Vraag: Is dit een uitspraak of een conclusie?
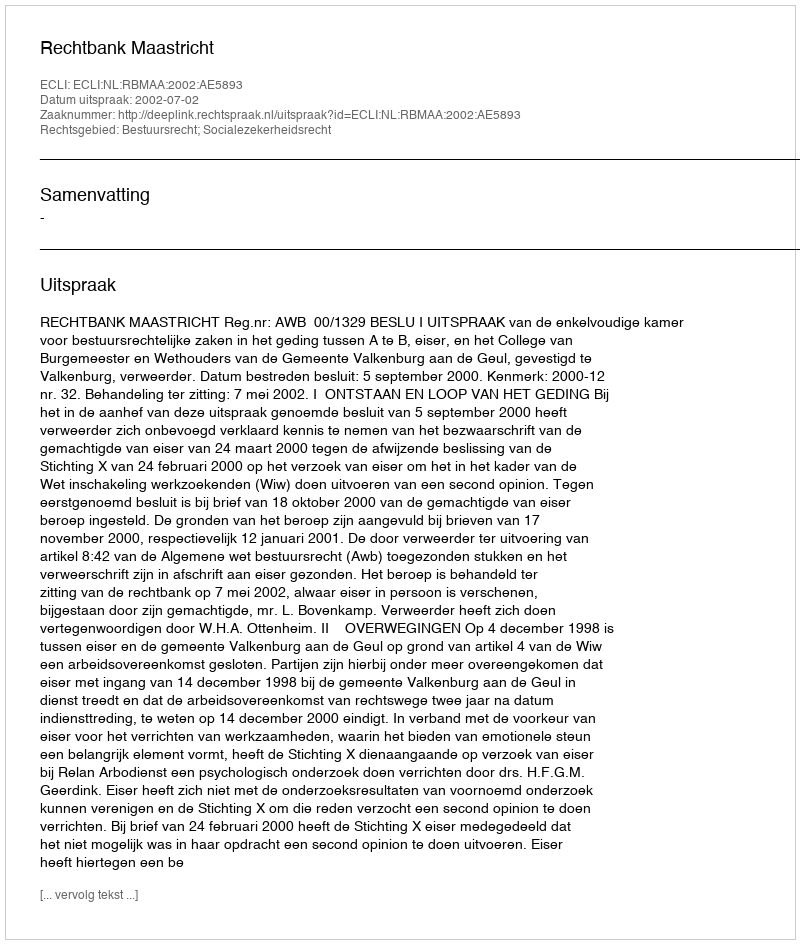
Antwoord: Uitspraak